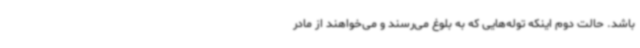
باشد. حالت دوم اینکه توله‌هایی که به بلوغ می‌رسند و می‌خواهند از مادر